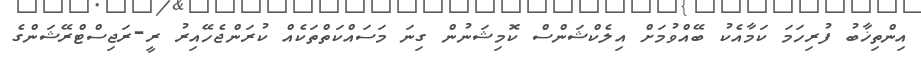
އިންތިޚާބު ފުރިހަމަ ކަމާއެކު ބޭއްވުމަށް އިލެކްޝަންސް ކޮމިޝަނުން ގިނަ މަސައްކަތްތަކެއް ކުރަންޖެހޭއިރު ރީ-ރަޖިސްޓްރޭޝަންގެ